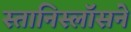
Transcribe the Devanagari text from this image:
स्तानिस्लॉसने